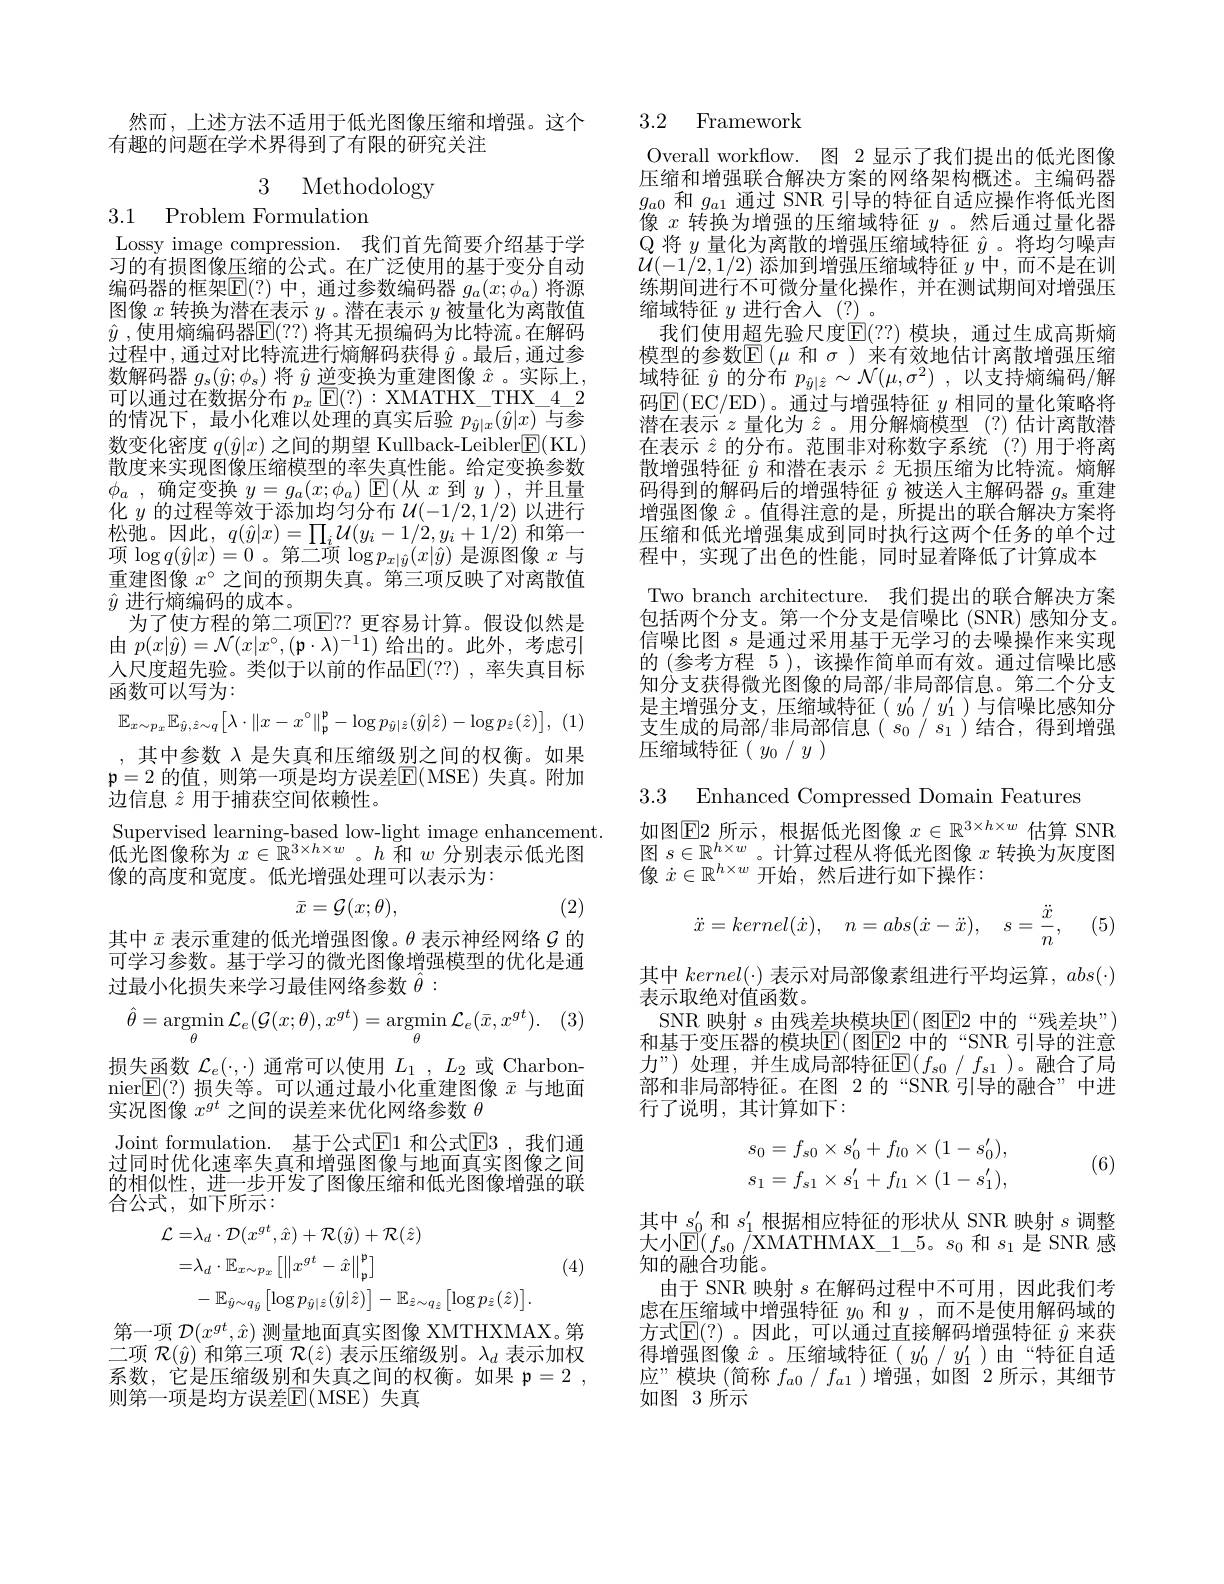
然而，上述方法不适用于低光图像压缩和增强。这个
有趣的问题在学术界得到了有限的研究关注

3 Methodology

3.1 Problem Formulation

Lossy image compression. 我们首先简要介绍基于学习的有损图像压缩的公式。在广泛使用的基于变分自动编码器的框架$\operatorname{E}(?)$中，通过参数编码器$g_a(x;\phi_a)$将源图像$x$转换为潜在表示$y$ 。潜在表示$y$被量化为离散值$\hat{y}$ ,使用熵编码器$\boxed{\mathbb{F}}(??)$ 将其无损编码为比特流。在解码过程中，通过对比特流进行熵解码获得$\hat{y}$ 。最后，通过参数解码器$g_s(\hat{y};\phi_s)$将$\hat{y}$逆变换为重建图像$\hat{x}$ 。实际上， 可以通过在数据分布$p_x$ [E(?): XMATHX\_THX\_4\_2的情况下，最小化难以处理的真实后验$p_{\hat{y}|x}(\hat{y}|x)$与参数变化密度$q(\hat{y}|x)$之间的期望 Kullback-Leibler$\boxed{\mathrm{F}}($KL) 散度来实现图像压缩模型的率失真性能。给定变换参数$\phi _a$ ,确定变换$y=g_a(x;\phi_a)$ $\operatorname{E}($从$x$到$y$ ),并且量化$y$的过程等效于添加均匀分布$\mathcal{U}(-1/2,1/2)$以进行松弛。因此，$q(\hat{y}|x)=\prod_i\mathcal{U}(y_i-1/2,y_i+1/2)$和第一项$\log q(\hat{y}|x)=0$。第二项$\log p_x|\hat{y}(x|\hat{y})$是源图像$x$与重建图像$x^{\circ}$之间的预期失真。第三项反映了对离散值$\hat{y}$进行熵编码的成本。
为了使方程的第二项$\mathbb{E}$?? 更容易计算。假设似然是由$p(x|\hat{y})=\mathcal{N}(x|x^{\circ},(\mathfrak{p}\cdot\lambda)^{-1}1)$给出的。此外，考虑引人尺度超先验。类似于以前的作品$\mathbb{E}(??)$ ,率失真目标函数可以写为：
$$\mathbb{E}_{x\sim p_{x}}\mathbb{E}_{\hat{y},\hat{z}\sim q}\big[\lambda\cdot\|x-x^{\circ}\|_{\mathfrak{p}}^{\mathfrak{p}}-\log p_{\hat{y}|\hat{z}}(\hat{y}|\hat{z})-\log p_{\hat{z}}(\hat{z})\big],$$
,其中参数$\lambda$是失真和压缩级别之间的权衡。如果$\mathfrak{p}=2$ 的值，则第一项是均方误差$\mathbb{E}($MSE)失真。附加边信息$\hat{z}$用于捕获空间依赖性。

Supervised learning-based low-light image enhancement. 低光图像称为$x\in\mathbb{R}^{3\times h\times w}$。$h$和$w$分别表示低光图像的高度和宽度。低光增强处理可以表示为：
$$\bar{x}=\mathcal G(x;\theta),$$
(2)

其中$\bar{x}$表示重建的低光增强图像。$\theta$表示神经网络$\mathcal{G}$的可学习参数。基于学习的微光图像增强模型的优化是通过最小化损失来学习最佳网络参数$\hat{\theta}:$
$$\hat{\theta}=\operatorname*{argmin}_{\theta}\mathcal{L}_{e}(\mathcal{G}(x;\theta),x^{gt})=\operatorname*{argmin}_{\theta}\mathcal{L}_{e}(\bar{x},x^{gt}).$$
损失函数$\mathcal{L}_e(\cdot,\cdot)$通常可以使用$L_1,L_2$或 Charbonnier$\mathbb{E}(?)$损失等。可以通过最小化重建图像$\bar{x}$与地面实况图像$x^{gt}$之间的误差来优化网络参数$\theta$

Joint formulation. 基于公式$\mathbb{E}$1 和公式$\mathbb{E}$3,我们通过同时优化速率失真和增强图像与地面真实图像之间的相似性，进一步开发了图像压缩和低光图像增强的联合公式，如下所示：

(4)
$$\begin{aligned}\mathcal{L}=&\lambda_{d}\cdot\mathcal{D}(x^{gt},\hat{x})+\mathcal{R}(\hat{y})+\mathcal{R}(\hat{z})\\=&\lambda_{d}\cdot\mathbb{E}_{x\sim p_{x}}\left[\left\|x^{gt}-\hat{x}\right\|_{\mathfrak{p}}^{\mathfrak{p}}\right]\\&-\mathbb{E}_{\hat{y}\sim q_{\hat{y}}}\left[\log p_{\hat{y}|\hat{z}}(\hat{y}|\hat{z})\right]-\mathbb{E}_{\hat{z}\sim q_{\hat{z}}}\left[\log p_{\hat{z}}(\hat{z})\right].\end{aligned}$$
第一项$\mathcal{D}(x^gt,\hat{x})$测量地面真实图像 XMTHXMAX。第二项$\mathcal{R}(\hat{y})$和第三项$\mathcal{R}(\hat{z})$表示压缩级别。$\lambda_d$表示加权系数，它是压缩级别和失真之间的权衡。如果 p=2 , 则第一项是均方误差$\mathbb{E}($MSE)失真

## 3.2 Framework

Overall workflow. 图 2 显示了我们提出的低光图像压缩和增强联合解决方案的网络架构概述。主编码器$g_{a0}$和$g_{a1}$通过 SNR 引导的特征自适应操作将低光图像$x$转换为增强的压缩域特征$y$。然后通过量化器$\mathbb{Q}$将$y$量化为离散的增强压缩域特征$\hat{y}$ 。将均匀噪声${\mathcal U}(-1/2,1/2)$添加到增强压缩域特征$y$中，而不是在训练期间进行不可微分量化操作，并在测试期间对增强压缩域特征$y$进行舍人$(\underline{?})$。
我们使用超先验尺度$\mathbb{E}(??)$ 模块，通过生成高斯熵模型的参数$\mathbb{E}(\mu$和$\sigma)$来有效地估计离散增强压缩域特征$\hat{y}$的分布$p_{\hat{y} | \hat{z} }\sim \mathcal{N} ( \mu , \sigma ^{2})$ ,以支持熵编码/解码$\boxed{\mathrm{E}}($EC/ED)。通过与增强特征 $y$ 相同的量化策略将潜在表示$z$量化为$\hat{z}$ 。用分解熵模型 (?)估计离散潜在表示$\hat{z}$的分布。范围非对称数字系统 (?)用于将离散增强特征$\hat{y}$和潜在表示$\hat{z}$无损压缩为比特流。熵解码得到的解码后的增强特征$\hat{y}$被送入主解码器$g_s$重建增强图像$\hat{x}$ 。值得注意的是，所提出的联合解决方案将压缩和低光增强集成到同时执行这两个任务的单个过程中，实现了出色的性能，同时显着降低了计算成本Two branch architecture. 我们提出的联合解决方案包括两个分支。第一个分支是信噪比(SNR)感知分支。信噪比图$s$是通过采用基于无学习的去噪操作来实现的 (参考方程 5 ),该操作简单而有效。通过信噪比感知分支获得微光图像的局部/非局部信息。第二个分支是主增强分支，压缩域特征( $y_0^{\prime}/y_1^{\prime})$与信噪比感知分支生成的局部/非局部信息($s_0/s_1)$结合，得到增强压缩域特征($y_0/y)$

3.3 Enhanced Compressed Domain Features

如图$\operatorname{E2}$所示，根据低光图像$x\in\mathbb{R}^3\times h\times w$估算 SNR $\begin{array}{l}\text{图 }s\in\mathbb{R}^{h\times w}\text{。计算过程从将低光图像 }x\text{ 转换为灰度图}\\\text{像 }\dot{x}\in\mathbb{R}^{h\times w}\text{ 开始，然后进行如下操作：}\end{array}$
$$\ddot x=kernel(\dot x),\quad n=abs(\dot x-\ddot x),\quad s=\frac{\ddot x}{n},$$
(5)

其中$kernel(\cdot)$表示对局部像素组进行平均运算，$abs(\cdot)$
表示取绝对值函数。
SNR 映射 $s$ 由残差块模块$\mathbb{E}($ 图$\mathbb{E}$ 中的“残差块”) 和基于变压器的模块$\mathbb{E}($图E2 中的“SNR 引导的注意力”)处理，并生成局部特征$\mathbb{E}(f_s0/f_{s1}$)。融合了局部和非局部特征。在图 2的“SNR 引导的融合”中进行了说明，其计算如下：
$$\begin{aligned}s_0&=f_{s0}\times s_0'+f_{l0}\times(1-s_0'),\\s_1&=f_{s1}\times s_1'+f_{l1}\times(1-s_1'),\end{aligned}$$
(6)

其中$s_0^{\prime}$和$s_1^{\prime}$根据相应特征的形状从 SNR 映射$s$调整大小$\mathbb{E}(f_{s0}/$XMATHMAX\_1\_5。$s_0$ 和$s_1$ 是 SNR 感知的融合功能。
由于 SNR 映射$s$在解码过程中不可用，因此我们考虑在压缩域中增强特征$y_0$和$y$,而不是使用解码域的方式$\mathbb{E}(?)$。因此，可以通过直接解码增强特征 $\hat{y}$ 来获得增强图像$\hat{x}$ 。压缩域特征( $y_0^\prime/y_1^\prime$ )由“特征自适应”模块(简称$f_a0/f_{a1}$ )增强，如图 2 所示，其细节如图 3 所示